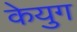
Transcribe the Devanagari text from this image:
केयुग